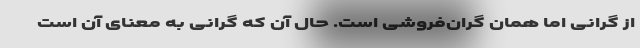
از گرانی اما همان گران‌فروشی است. حال آن که گرانی به معنای آن است